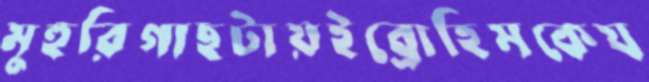
মুহুরিগাছটায়ইব্রোহিমকেয